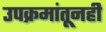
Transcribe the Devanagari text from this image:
उपक्रमांतूनही